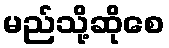
မည်သို့ဆိုစေ